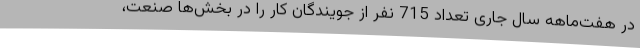
در هفت‌ماهه سال جاری تعداد 715 نفر از جویندگان کار را در بخش‌ها صنعت،